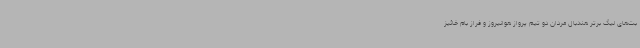
بت‌های لیگ برتر هندبال مردان دو تیم پرواز هوانیروز و فراز بام خائیز